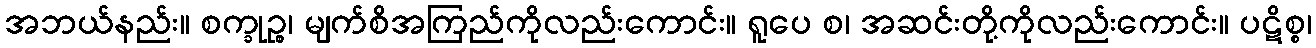
အဘယ်နည်း။ စက္ခုဉ္စ၊ မျက်စိအကြည်ကိုလည်းကောင်း။ ရူပေ စ၊ အဆင်းတို့ကိုလည်းကောင်း။ ပဋိစ္စ၊